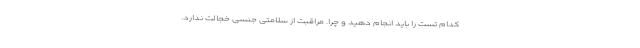
کدام تست را باید انجام دهید و چرا. مراقبت از سلامتی جنسی خجالت ندارد.